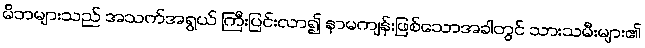
မိဘများသည် အသက်အရွယ် ကြီးပြင်းလာ၍ နာမကျန်းဖြစ်သောအခါတွင် သားသမီးများ၏